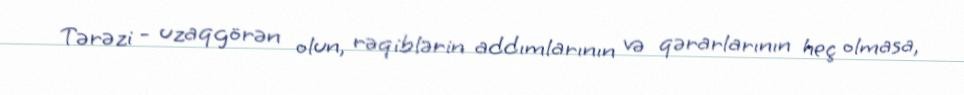
Tərəzi - uzaqgörən olun, rəqiblərin addımlarının və qərarlarının heç olmasa,